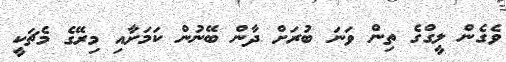
ވެގެން ލީގްގެ ތިން ވަނަ ބުރަށް ދާން ބޭނުން ކަމަށާއި މިރޭގެ މެޗަކީ